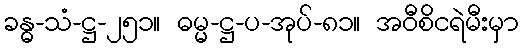
ခန္ဓ-သံ-ဋ္ဌ-၂၅၁။ ဓမ္မ-ဋ္ဌ-ပ-အုပ်-၈၁။ အဝီစိငရဲမီးမှာ